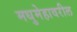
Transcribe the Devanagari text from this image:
मधुमेहावरील